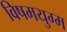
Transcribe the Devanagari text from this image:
विषमयुग्म